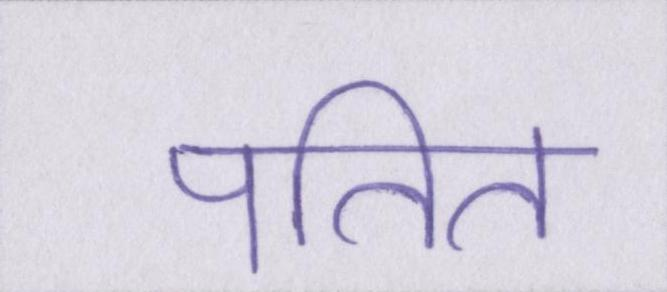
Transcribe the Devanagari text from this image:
पतित